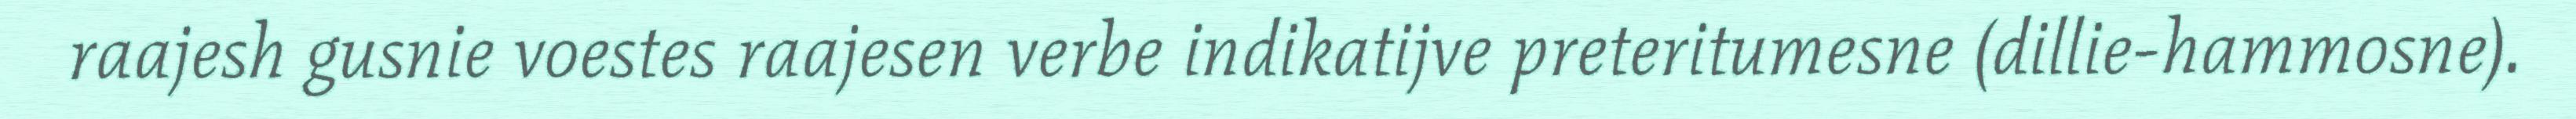
raajesh gusnie voestes raajesen verbe indikatijve preteritumesne (dillie-hammosne).